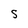
Character: S